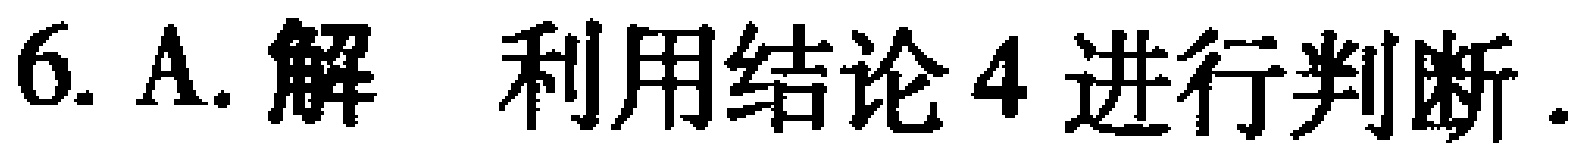
6. A. 解 利用结论4进行判断.